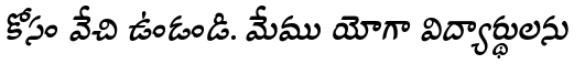
కోసం వేచి ఉండండి. మేము యోగా విద్యార్థులను